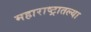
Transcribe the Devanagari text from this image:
महाराष्‍ट्रातल्या